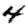
Digit: 4